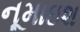
નૂમાઇશ